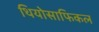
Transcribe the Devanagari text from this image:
थियोसाफिकल